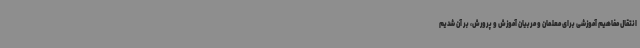
انتقال مفاهیم آموزشی برای معلمان و مربیان آموزش و پرورش، بر آن شدیم